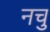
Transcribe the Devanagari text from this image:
नचु